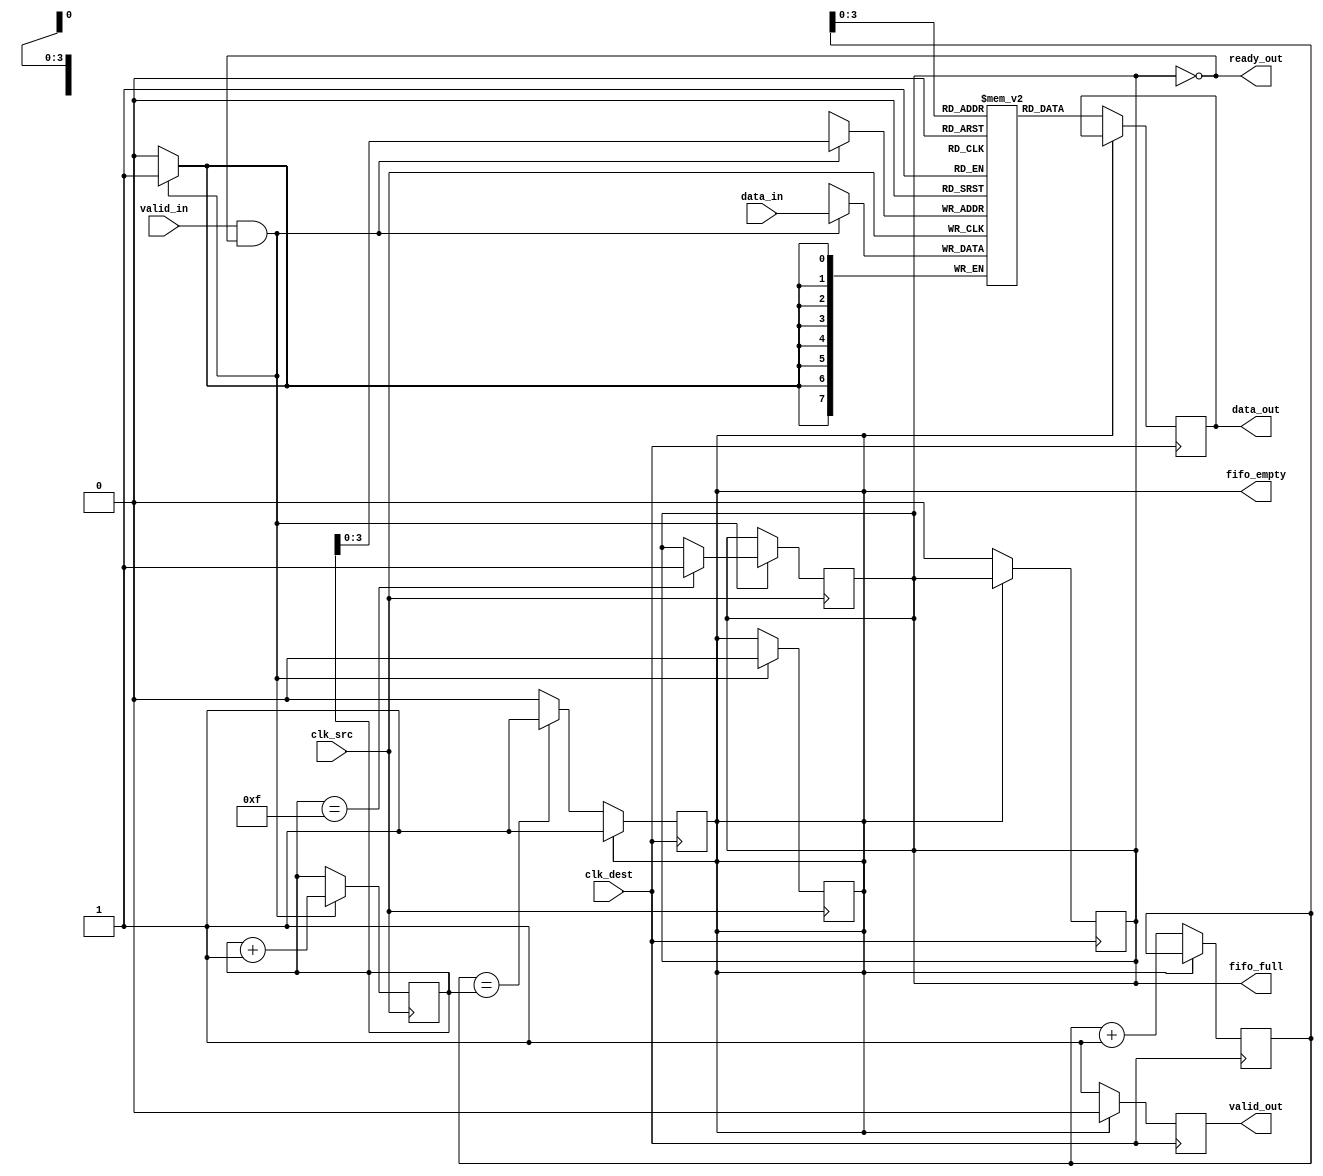
module burst_mode_synchronizer #(
    parameter DATA_WIDTH = 8,      // Width of the data bus
    parameter FIFO_DEPTH = 16       // Depth of the FIFO buffer
)(
    input wire clk_src,             // Source clock
    input wire clk_dest,            // Destination clock
    input wire [DATA_WIDTH-1:0] data_in, // Data input from source clock domain
    input wire valid_in,            // Valid signal for input data
    output wire ready_out,          // Ready signal for the destination clock domain
    output wire [DATA_WIDTH-1:0] data_out, // Synchronized data output
    output wire valid_out,          // Valid signal for output data
    output wire fifo_full,          // FIFO full indicator
    output wire fifo_empty          // FIFO empty indicator
);

    // FIFO buffer
    reg [DATA_WIDTH-1:0] fifo [0:FIFO_DEPTH-1];
    reg [4:0] write_ptr = 0;        // Write pointer
    reg [4:0] read_ptr = 0;         // Read pointer
    reg fifo_full_reg = 0;          // FIFO full flag
    reg fifo_empty_reg = 1;         // FIFO empty flag

    // Handshaking signals
    reg data_valid = 0;             // Data valid signal for output
    reg ready = 0;                  // Ready signal for input

    // Write data to FIFO on source clock
    always @(posedge clk_src) begin
        if (valid_in && !fifo_full_reg) begin
            fifo[write_ptr] <= data_in;
            write_ptr <= write_ptr + 1;
            if (write_ptr == FIFO_DEPTH - 1) begin
                fifo_full_reg <= 1;
            end
            fifo_empty_reg <= 0;
        end
    end

    // Read data from FIFO on destination clock
    always @(posedge clk_dest) begin
        if (!fifo_empty_reg) begin
            data_out <= fifo[read_ptr];
            data_valid <= 1;
            read_ptr <= read_ptr + 1;
            if (read_ptr == write_ptr) begin
                fifo_empty_reg <= 1;
            end
            fifo_full_reg <= 0;
        end else begin
            data_valid <= 0;
        end
    end

    // FIFO full and empty flags
    assign fifo_full = fifo_full_reg;
    assign fifo_empty = fifo_empty_reg;

    // Output control signals
    assign valid_out = data_valid;
    assign ready_out = !fifo_full_reg;

    // Synchronization stage to prevent metastability
    reg [DATA_WIDTH-1:0] sync_data;
    reg sync_valid;

    always @(posedge clk_dest) begin
        sync_data <= data_out;
        sync_valid <= data_valid;
    end

endmodule